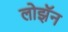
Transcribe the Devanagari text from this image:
लोझॅन